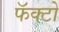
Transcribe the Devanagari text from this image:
फॅक्टो